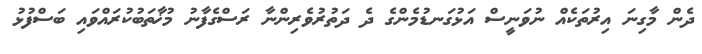
ދެން މާގިނަ އިރުތަކެއް ނުވަނީސް އަޅުގަނޑުމެންގެ ދެ ދަތުރުވެރިންނާ ރަސްގެފާނު މުޚާތަބުކުރައްވައި ބަސްފުޅު